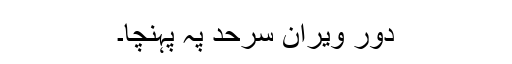
دور ویران سرحد پہ پہنچا۔